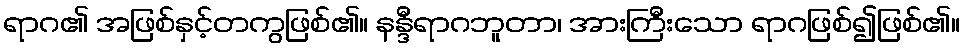
ရာဂ၏ အဖြစ်နှင့်တကွဖြစ်၏။ နန္ဒီရာဂဘူတာ၊ အားကြီးသော ရာဂဖြစ်၍ဖြစ်၏။